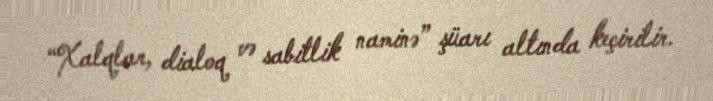
“Xalqlar, dialoq və sabitlik naminə” şüarı altında keçirilir.